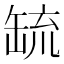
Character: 𦈷